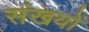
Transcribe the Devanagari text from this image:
संखयों